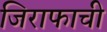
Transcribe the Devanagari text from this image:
जिराफाची